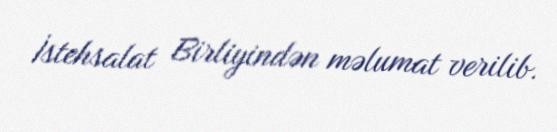
İstehsalat Birliyindən məlumat verilib.